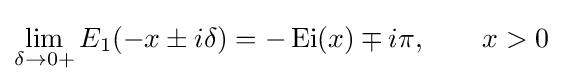
\lim _{\delta \to 0+}E_{1}(-x\pm i\delta )=-\operatorname {Ei} (x)\mp i\pi ,\qquad x>0